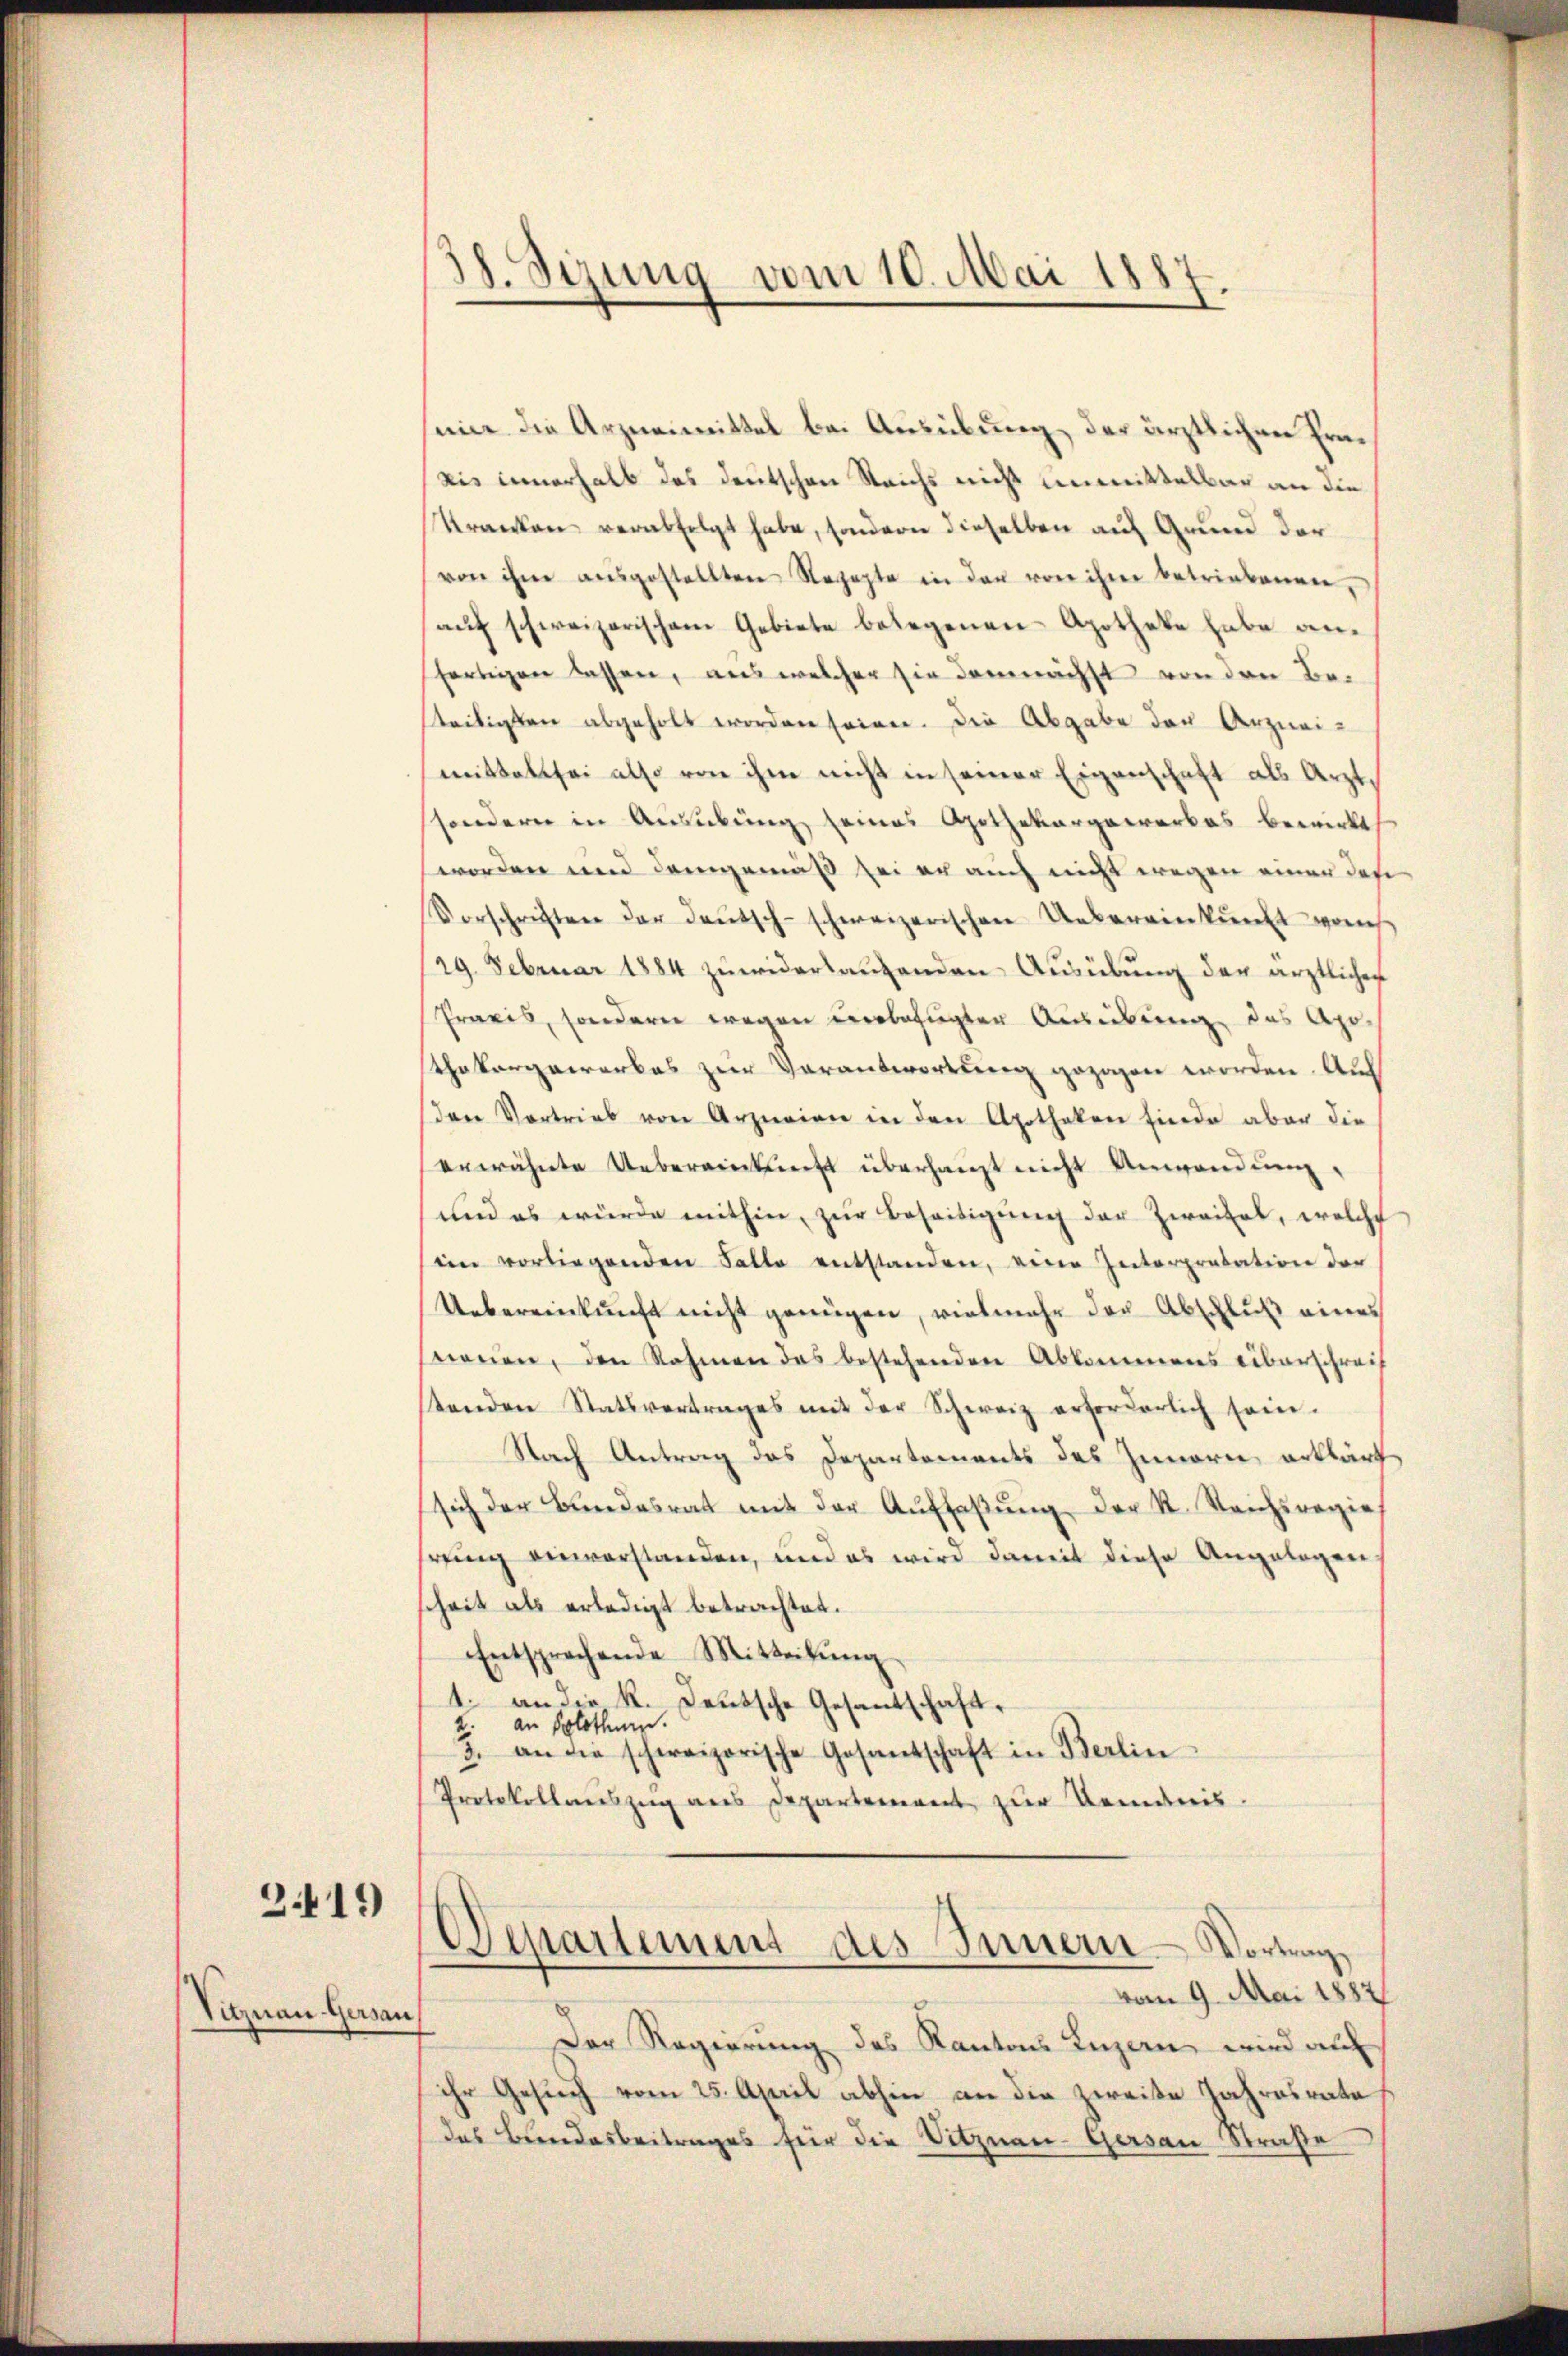
2419

Vitznau Gersau,

38. Sizung vom 10. Mai 1887

mie die Arzneimittel bei Ausübung der ärztlichen Erne
ais innerhalb das deutschen Reichs nicht unmittelbar an die
Kranken verabfolgt habe, sondern dieselben auf Grund der
von ihm ausgestellten Rezepte in den von ihm betriebenen,
auf schweizerischem Gebiete belegenen Apotheke habe anfertigen lassen, aus welcher sie demnächst von den Beteiligten abgeholt worden seien. Die Abgabe der Arzneimittels sei also von ihm nicht in seiner Eigenschaft als Arztsondern in Ausübung seines Apothekargewerkes bewirkt
worden und demgemäß sei er auch nicht wegen einer das
Vorschriften der Deutsch-schweizerischen Uebereinkunft von
29. Februar 1884 zŭwiderlaŭfenden Aŭsübŭng der ärztlichen
Praxis, sondern wegen unbefugten Ausübung des Apothekargewerbes zur Verantwortung gezogen worden. Auch
Den Vortrieb von Arzneien in den Apotheken finde aber die
erwähnte Uebereinkunft überhaupt nicht Anwendŭng,
und es würde mithin, zur Beseitigung der Zweifel, welche
im vorliegenden Falle entstanden, eine Interpretation der
Uebereinkunft nicht genügen, vielmehr der Abschluß eines
weien, den Rahmen das bestehenden Abkommens überschrech
stenden Statsvertrages mit der Schweiz erforderlich sein.
Nach Antrag des Departements des Innern erklärt
sich der Bundesrat mit der Aŭffaβŭng der K. Reichsregie
hrung einverstanden, und es wird damit diese Angelegen
scheit als erledigt betrachtet.
Entsprechende Mitteilŭng
1. an die K. Deutsche Gesantschaft,
2. an Solothur.
3. an die schweizerische Gesantschaft in Berlin
Protokollauszug aus Departement zur Romanis.

Departement des Innern Vortrag
vom 9. Mai 1882

Der Regierung des Kantons Luzern, wird auf
ihr Gesuch vom 25. April abhin an die zweite Jahresrate
das Bundesbeitrages für die Vitznau-Gersau Straße